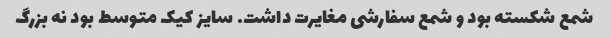
شمع شکسته بود و شمع سفارشی مغایرت داشت. سایز کیک متوسط بود نه بزرگ